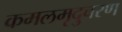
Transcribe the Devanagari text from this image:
कमलमृदुचरण